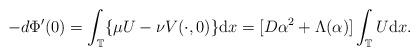
LaTeX: \begin{align*}-d\Phi'(0)=\int_{\mathbb{T}} \{\mu U-\nu V(\cdot ,0)\}\mathrm{d}x=[D\alpha^2+\Lambda(\alpha)]\int_{\mathbb{T}} U\mathrm{d}x.\end{align*}